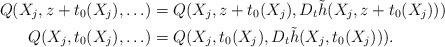
LaTeX: \begin{align*}Q(X_j,z+t_0(X_j),\ldots) &= Q(X_j,z+t_0(X_j), D_t \tilde h(X_j,z+t_0(X_j) ) )\\Q(X_j,t_0(X_j),\ldots) &=Q(X_j,t_0(X_j), D_t \tilde h(X_j,t_0(X_j) ) ) .\end{align*}